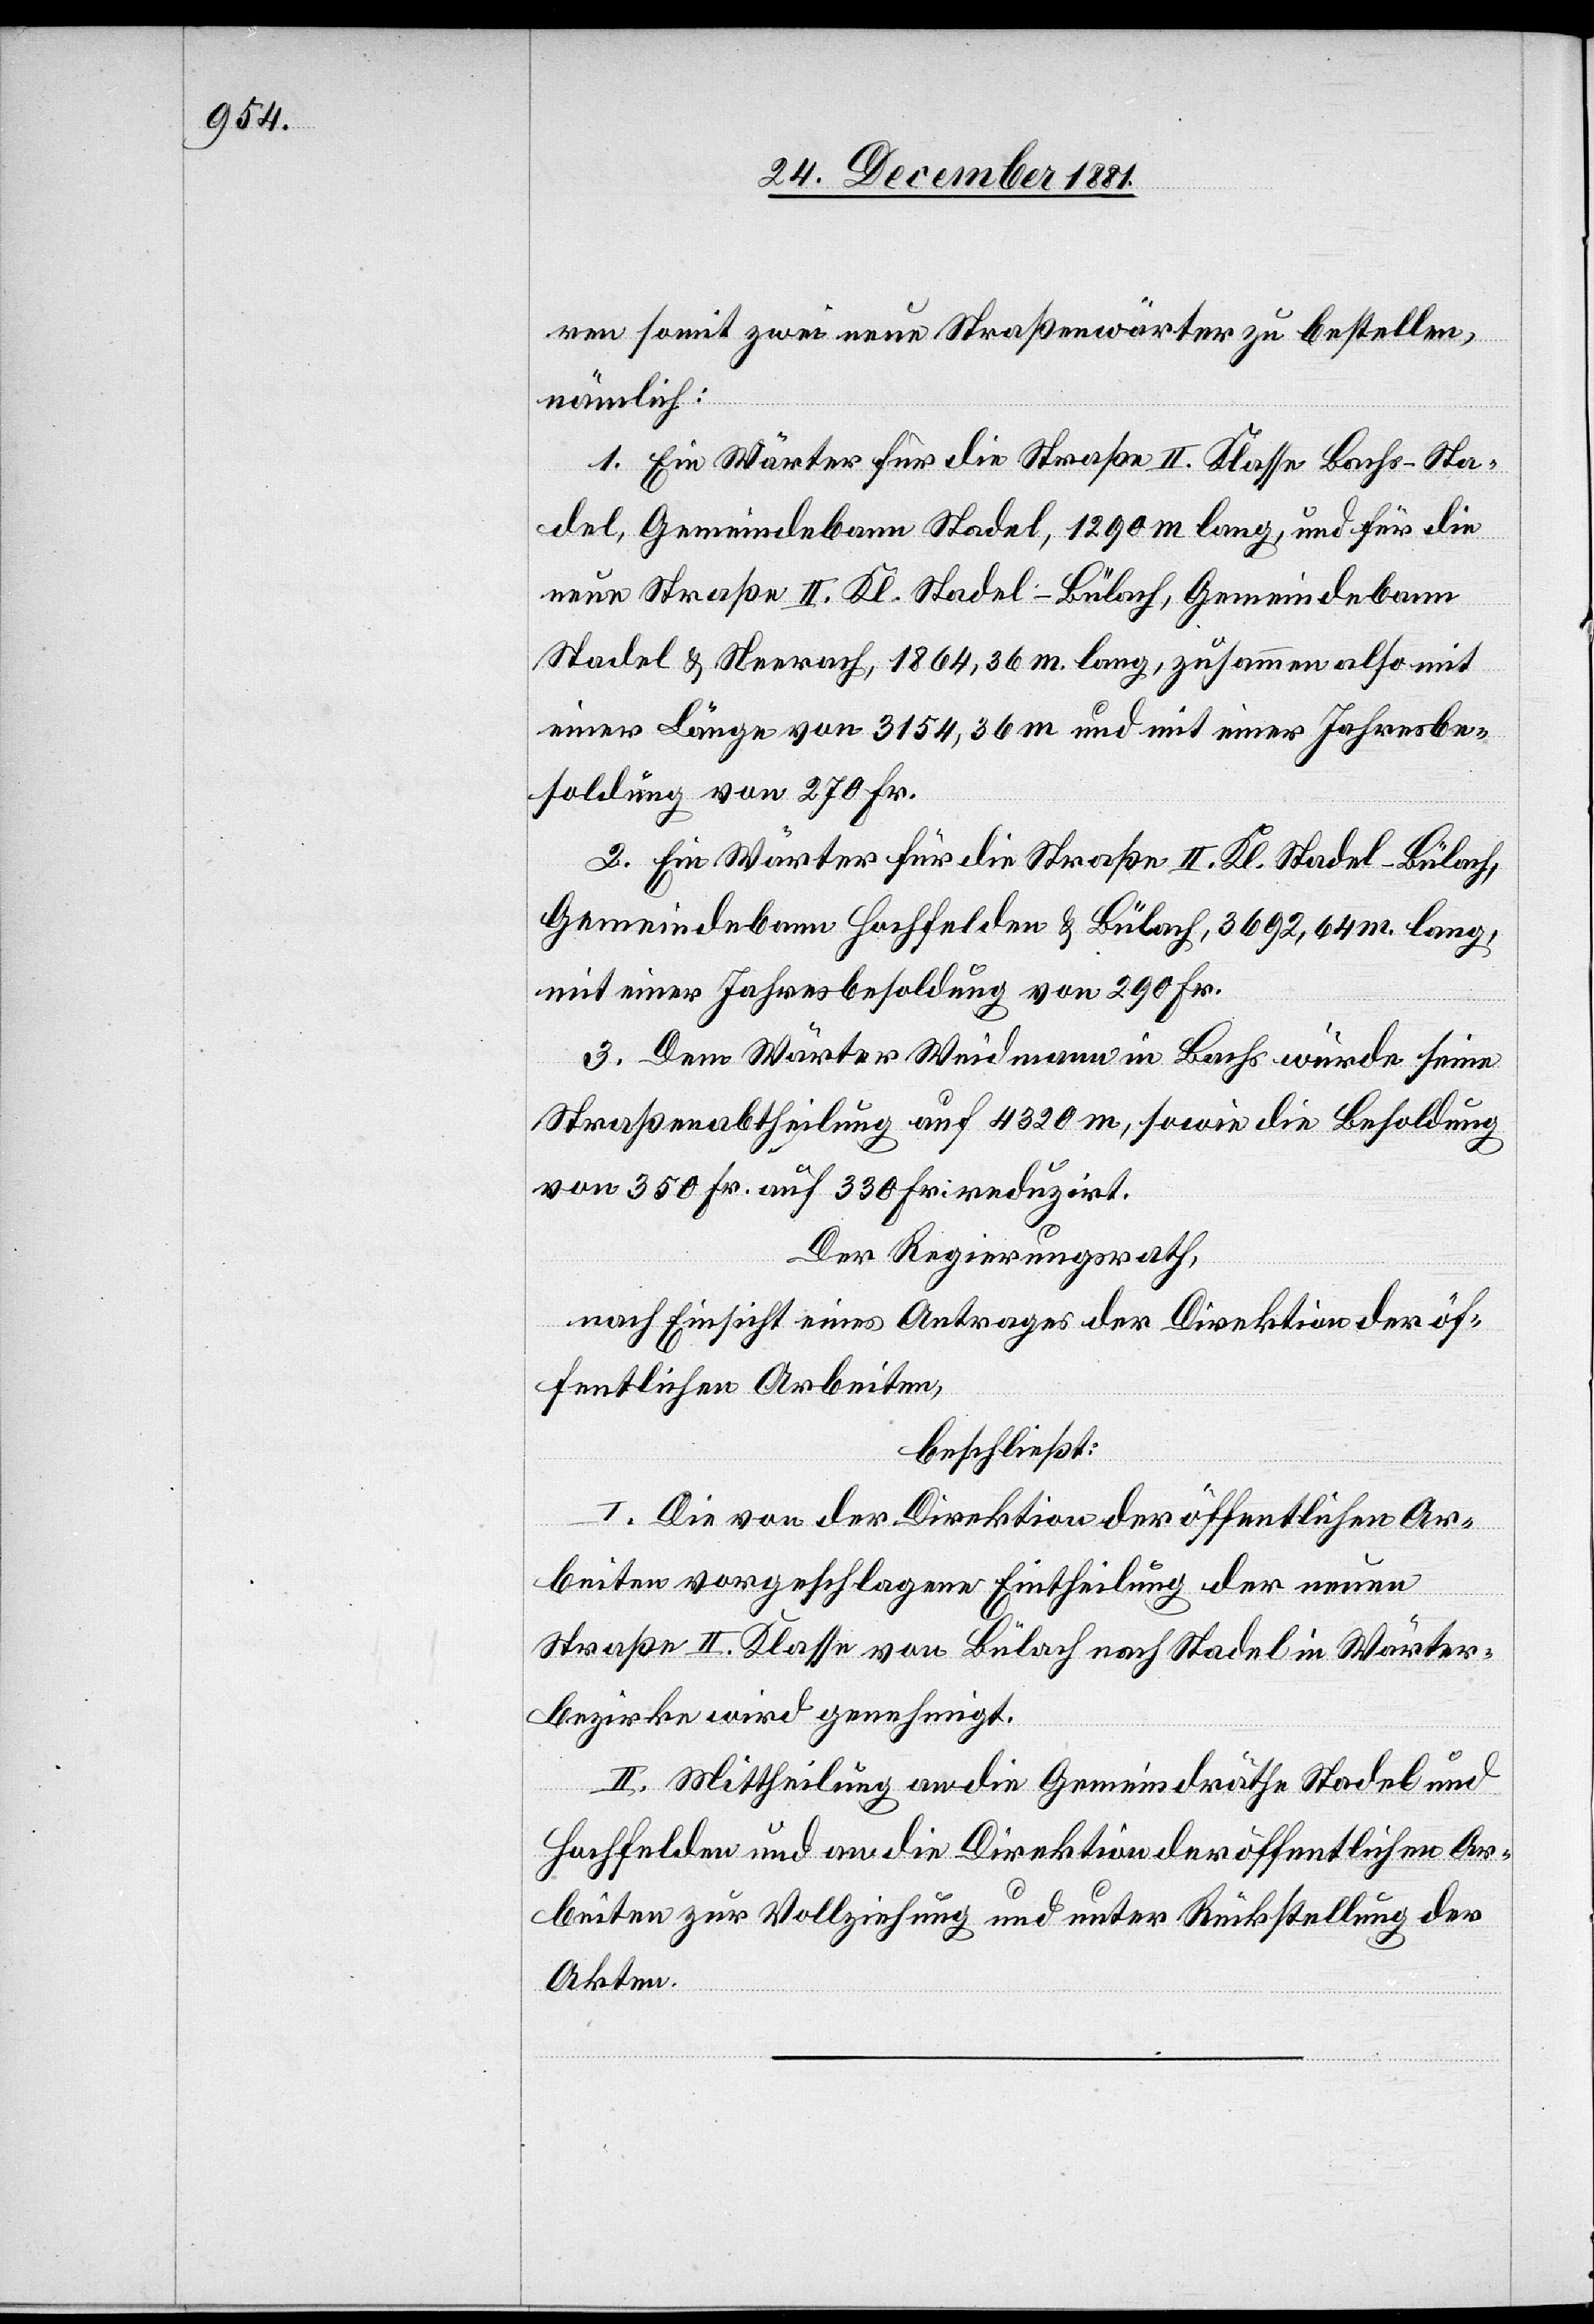
ren somit zwei neue Straßenwärter zu bestellen,
nämlich:
1. Ein Wärter für die Straße II. Klasse Bachs–Sta¬
del, Gemeindebann Stadel, 1290m lang, und für die
neue Straße II. Kl. Stadel–Bülach, Gemeindebann
Stadel & Neerach, 1864,36m lang, zusammen also mit
einer Länge von 3154,36m und mit einer Jahresbe¬
soldung von 270 Fr.
2. Ein Wärter für die Straße II. Kl. Stadel–Bülach,
Gemeindebann Hochfelden & Bülach, 3692,64m. lang,
mit einer Jahresbesoldung von 290 Fr.
3. Dem Wärter Weidmann in Bachs würde seine
Straßenabtheilung auf 4320m, sowie die Besoldung
von 350 Fr. auf 330 Fr. reduzirt.
Der Regierungsrath,
nach Einsicht eines Antrages der Direktion der öf¬
fentlichen Arbeiten,
beschließt:
I. Die von der Direktion der öffentlichen Ar¬
beiten vorgeschlagene Eintheilung der neuen
Straße II. Klasse von Bülach nach Stadel in Wörter¬
bezirke wird genehmigt.
II. Mittheilung an die Gemeindräthe Stadel und
Hochfelden und an die Direktion der öffentlichen Ar¬
beiten zur Vollziehung und unter Rückstellung der
Akten.